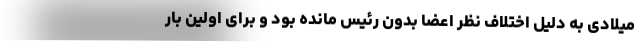
میلادی به دلیل اختلاف نظر اعضا بدون رئیس مانده بود و برای اولین بار